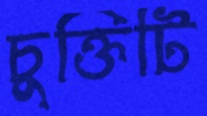
চুক্তিটি